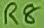
Text: R8